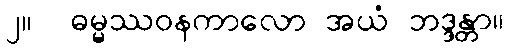
၂။  ဓမ္မဿဝနကာလော အယံ ဘဒ္ဒန္တာ။